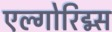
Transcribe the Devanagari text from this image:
एल्गोरिद्म्स